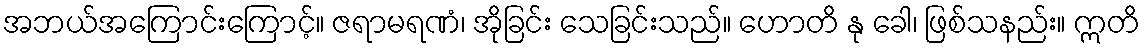
အဘယ်အကြောင်းကြောင့်။ ဇရာမရဏံ၊ အိုခြင်း သေခြင်းသည်။ ဟောတိ နု ခေါ၊ ဖြစ်သနည်း။ ဣတိ